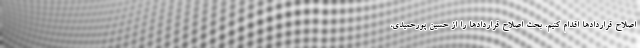
اصلاح قراردادها اقدام کنیم. بحث اصلاح قراردادها را از حسین پورحمیدی،